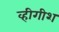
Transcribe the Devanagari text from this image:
व्हीगीश